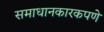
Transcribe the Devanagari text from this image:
समाधानकारकपणे